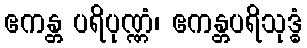
ဧကန္တ ပရိပုဏ္ဏံ၊ ဧကန္တပရိသုဒ္ဓံ